Problem: 4 + 50 = ?
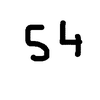
Handwritten answer: 54